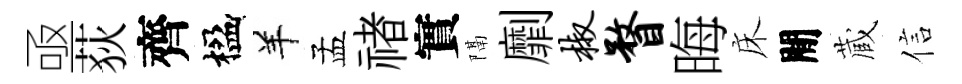
亟荻齊楹羊孟禇實隔劘椒瞀晦床閒蔵信